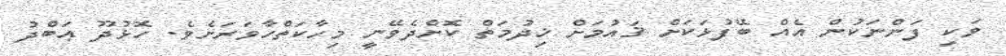
ވަކި ފަންނަކުން އެއް ބޭފުޅަކަށް ޤައުމަށް ޚިދުމަތް ކޮށްދެވޭނީ މިހާކަތްހާވަރަށެވެ. ހޮޅުދޫ ޢަބްދު